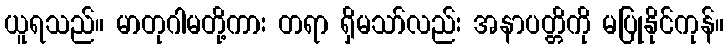
ယူရသည်။ မာတုဂါမတို့ကား တရာ ရှိမသာ်လည်း အနာပတ္တိကို မပြုနိုင်ကုန်။